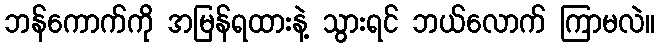
ဘန်ကောက်ကို အမြန်ရထားနဲ့ သွားရင် ဘယ်လောက် ကြာမလဲ။